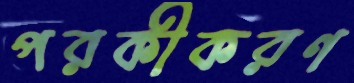
পরকীকরণ